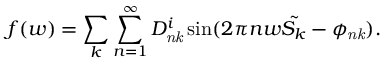
f ( w ) = \sum _ { k } \sum _ { n = 1 } ^ { \infty } D _ { \it { n k } } ^ { i } \sin ( 2 \pi n w { \tilde { S _ { k } } } - \phi _ { \it { n k } } ) .